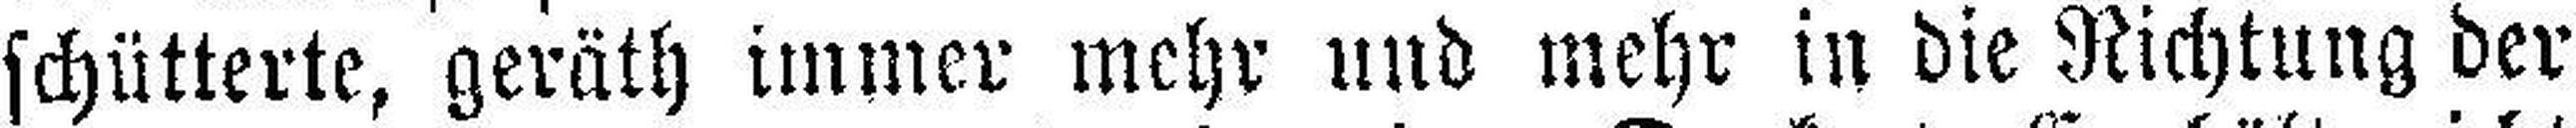
schütterte, geräth immer mehr und mehr in die Richtung der